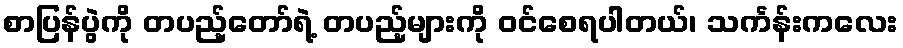
စာပြန်ပွဲကို တပည့်တော်ရဲ့ တပည့်များကို ဝင်စေရပါတယ်၊ သင်္ကန်းကလေး